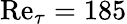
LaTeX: \mathrm{Re}_{\tau}=185